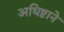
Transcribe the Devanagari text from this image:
अधिष्ठाने